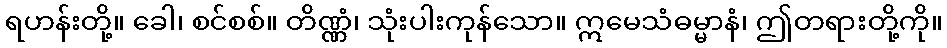
ရဟန်းတို့။ ခေါ၊ စင်စစ်။ တိဏ္ဏံ၊ သုံးပါးကုန်သော။ ဣမေသံဓမ္မာနံ၊ ဤတရားတို့ကို။